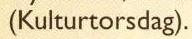
(Kulturtorsdag).